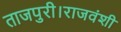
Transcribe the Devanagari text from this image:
ताजपुरी।राजवंशी